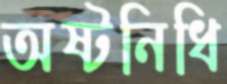
অষ্টনিধি